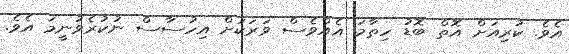
އެވެ. ކުރިއަށް އޮތް ބޮޑު ހިތާމަ އެއްވެސް ވަރަކަށް އިހުސާސް ނުކުރެވުނީމަ އެވެ.